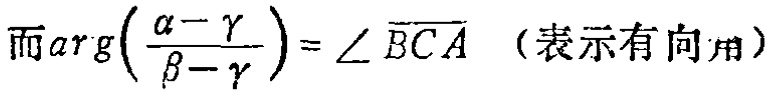
而$\arg\left(\frac{\alpha - \gamma}{\beta - \gamma}\right)=\angle \overline{BCA}$ （表示有向角）